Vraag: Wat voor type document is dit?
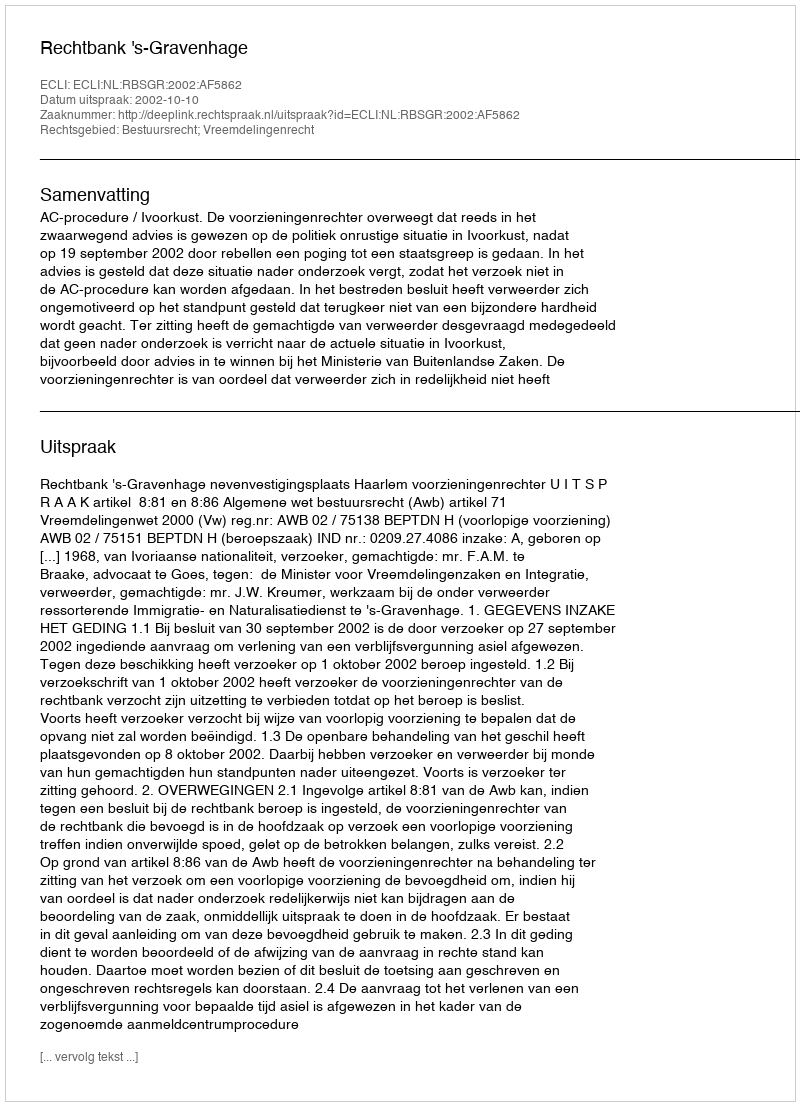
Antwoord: Uitspraak